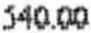
540.00